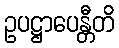
ဥပဋ္ဌာပေန္တီတိ